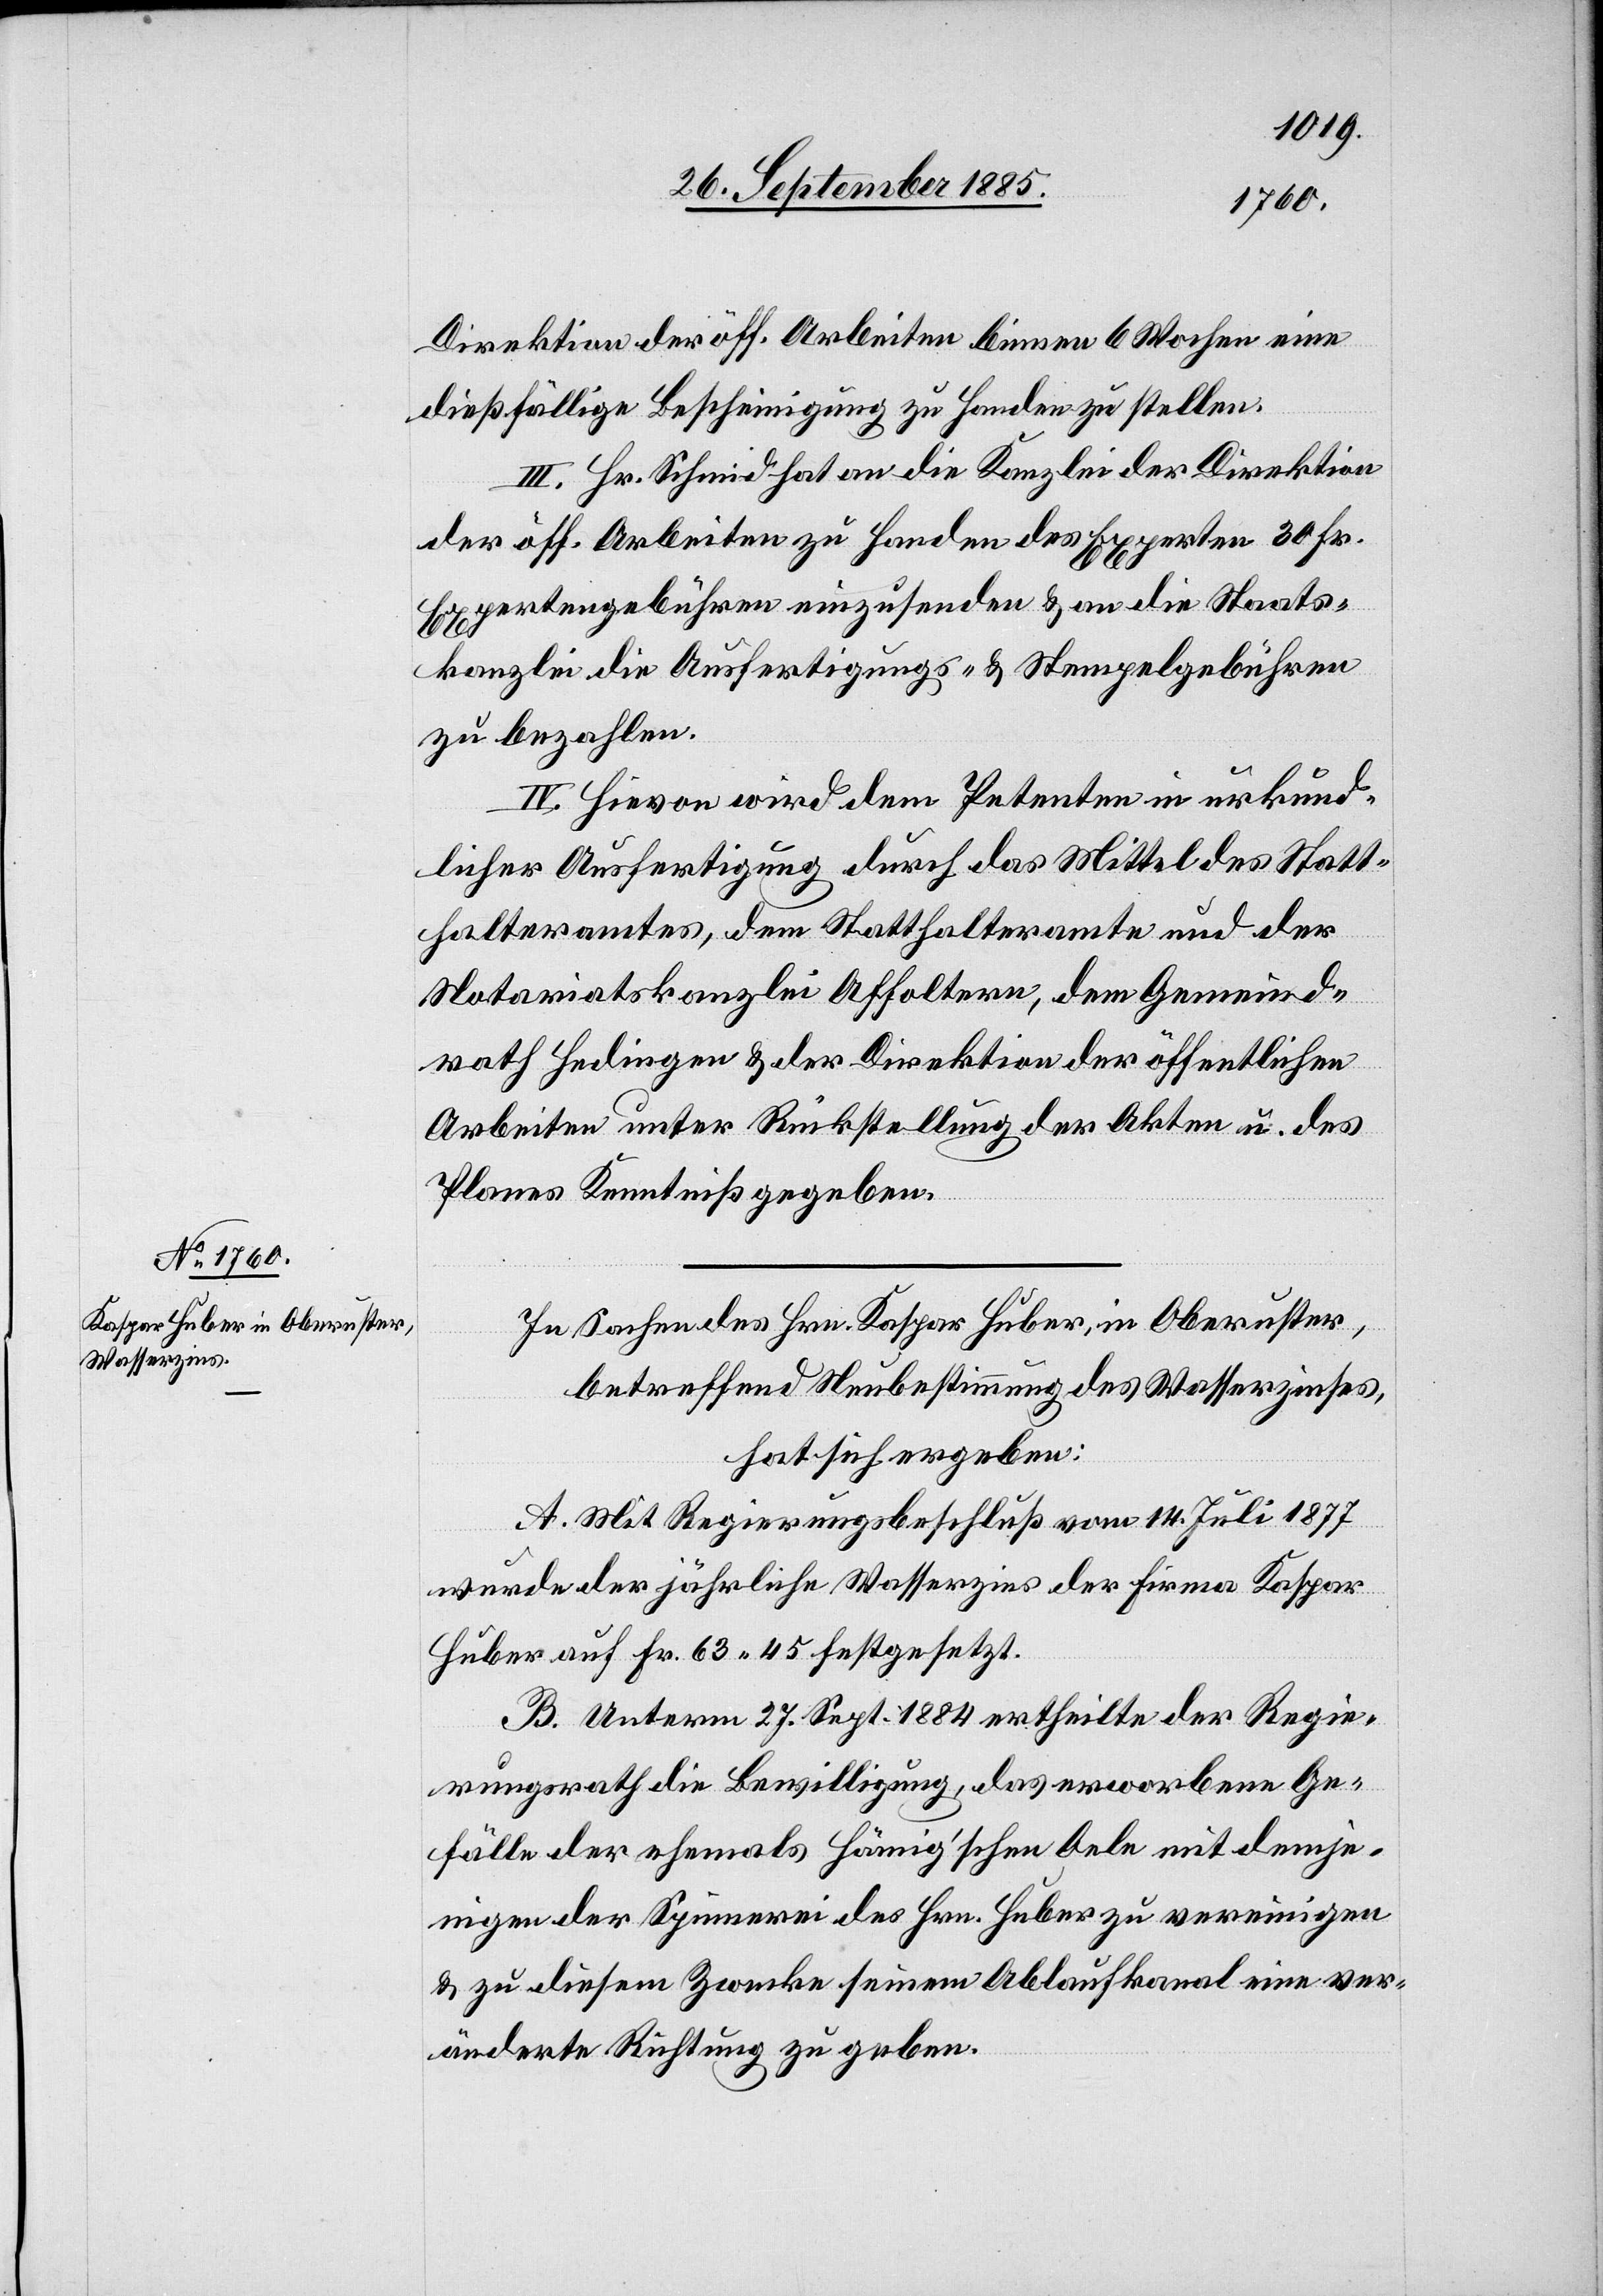
Direktion der öff. Arbeiten binnen 6 Wochen eine
dießfällige Bescheinigung zu Handen zu stellen.
III. Hr. Schmid hat an die Kanzlei der Direktion
der öff. Arbeiten zu Handen des Experten 30 Fr.
Expertengebühren einzusenden & an die Staats¬
kanzlei die Ausfertigungs- & Stempelgebühren
zu bezahlen.
IV. Hievon wird dem Petenten in urkund¬
licher Ausfertigung durch das Mittel des Statt¬
halteramtes, dem Statthalteramte und der
Notariatskanzlei Affoltern, dem Gemeind¬
rath Hedingen & der Direktion der öffentlichen
Arbeiten unter Rückstellung der Akten u. des
Planes Kenntniß gegeben.
In Sachen des Hrn. Kaspar Huber, in Oberuster,
betreffend Neubestimmung des Wasserzinses,
hat sich ergeben:
A. Mit Regierungsbeschluß vom 14. Juli 1877
wurde der jährliche Wasserzins der Firma Kaspar
Huber auf Fr. 63 45 festgesetzt.
B. Unterm 27. Sept. 1884 ertheilte der Regie¬
rungsrath die Bewilligung, das erworbene Ge¬
fälle der ehemals Hämig’schen Oele mit demje¬
nigen der Spinnerei des Hrn. Huber zu vereinigen
& zu diesem Zwecke seinem Ablaufkanal eine ver¬
änderte Richtung zu geben.